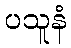
ပသူနံ